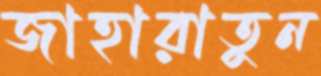
জাহারাতুন